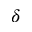
\delta